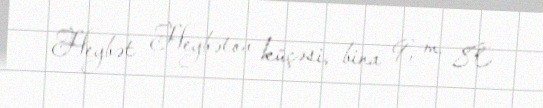
Heybət Heybətov küçəsi, bina 9, m. 80